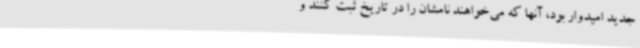
جدید امیدوار بود، آنها که می‌خواهند نامشان را در تاریخ ثبت کنند و